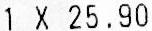
1 X 25.90